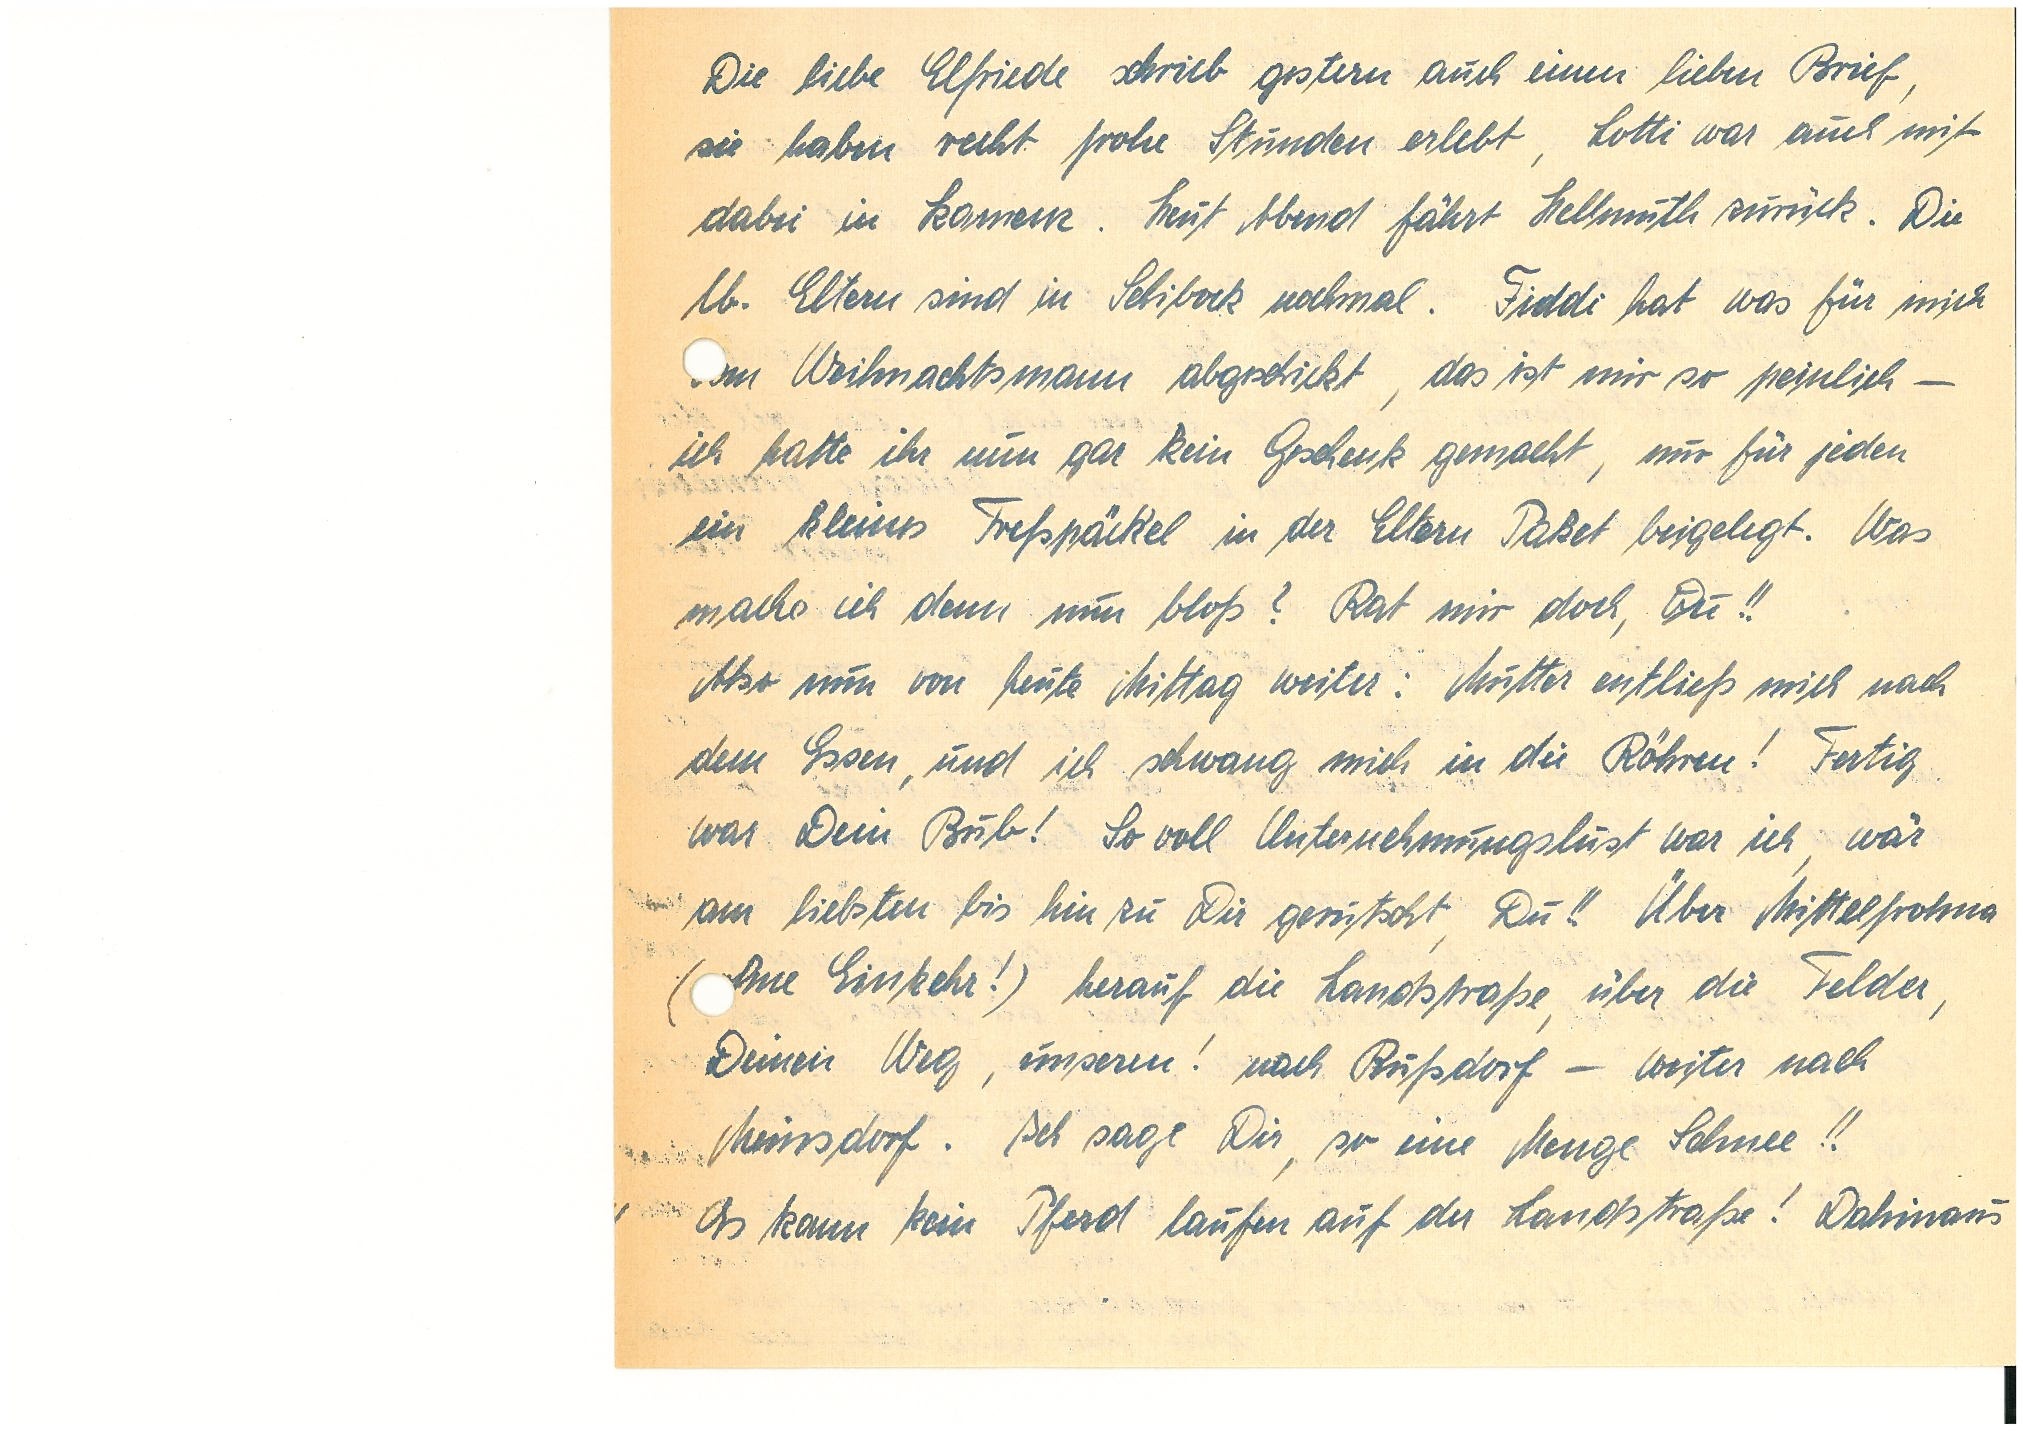
Die liebe E. schrieb gestern auch einen lieben Brief,
sie haben recht frohe Stunden erlebt, Lotti war auch mit
dabei in K. Heut Abend fährt H. zurück. Die
lb. Eltern sind in S. nochmal. Fiddi hat was für mich
m Weihnachtsmann abgeschickt, das ist mir so peinlich —
ich hatte ihr nun gar kein Geschenk gemacht, nur für jeden
ein kleines Freßpäck’el in der Eltern Paket beigelegt. Was
mache ich denn nun bloß? Rat mir doch, Du!!
Also nun von heute Mittag weiter: Mutter entließ mich nach
dem Essen, und ich schwang mich in die Röhren! Fertig
war Dein Bub! So voll Unternehmungslust war ich, wär
am liebsten hin zu Dir gerutscht, Du!! Über M.
(hne Einkehr!) herauf die Landstraße, über die Felder,
Deinen Weg, unseren! nach R. — weiter nach
M. Ich sage Dir, so eine Menge Schnee!!
Es kann kein Pferd laufen auf der Landstraße! Dahinaus